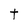
Character: t